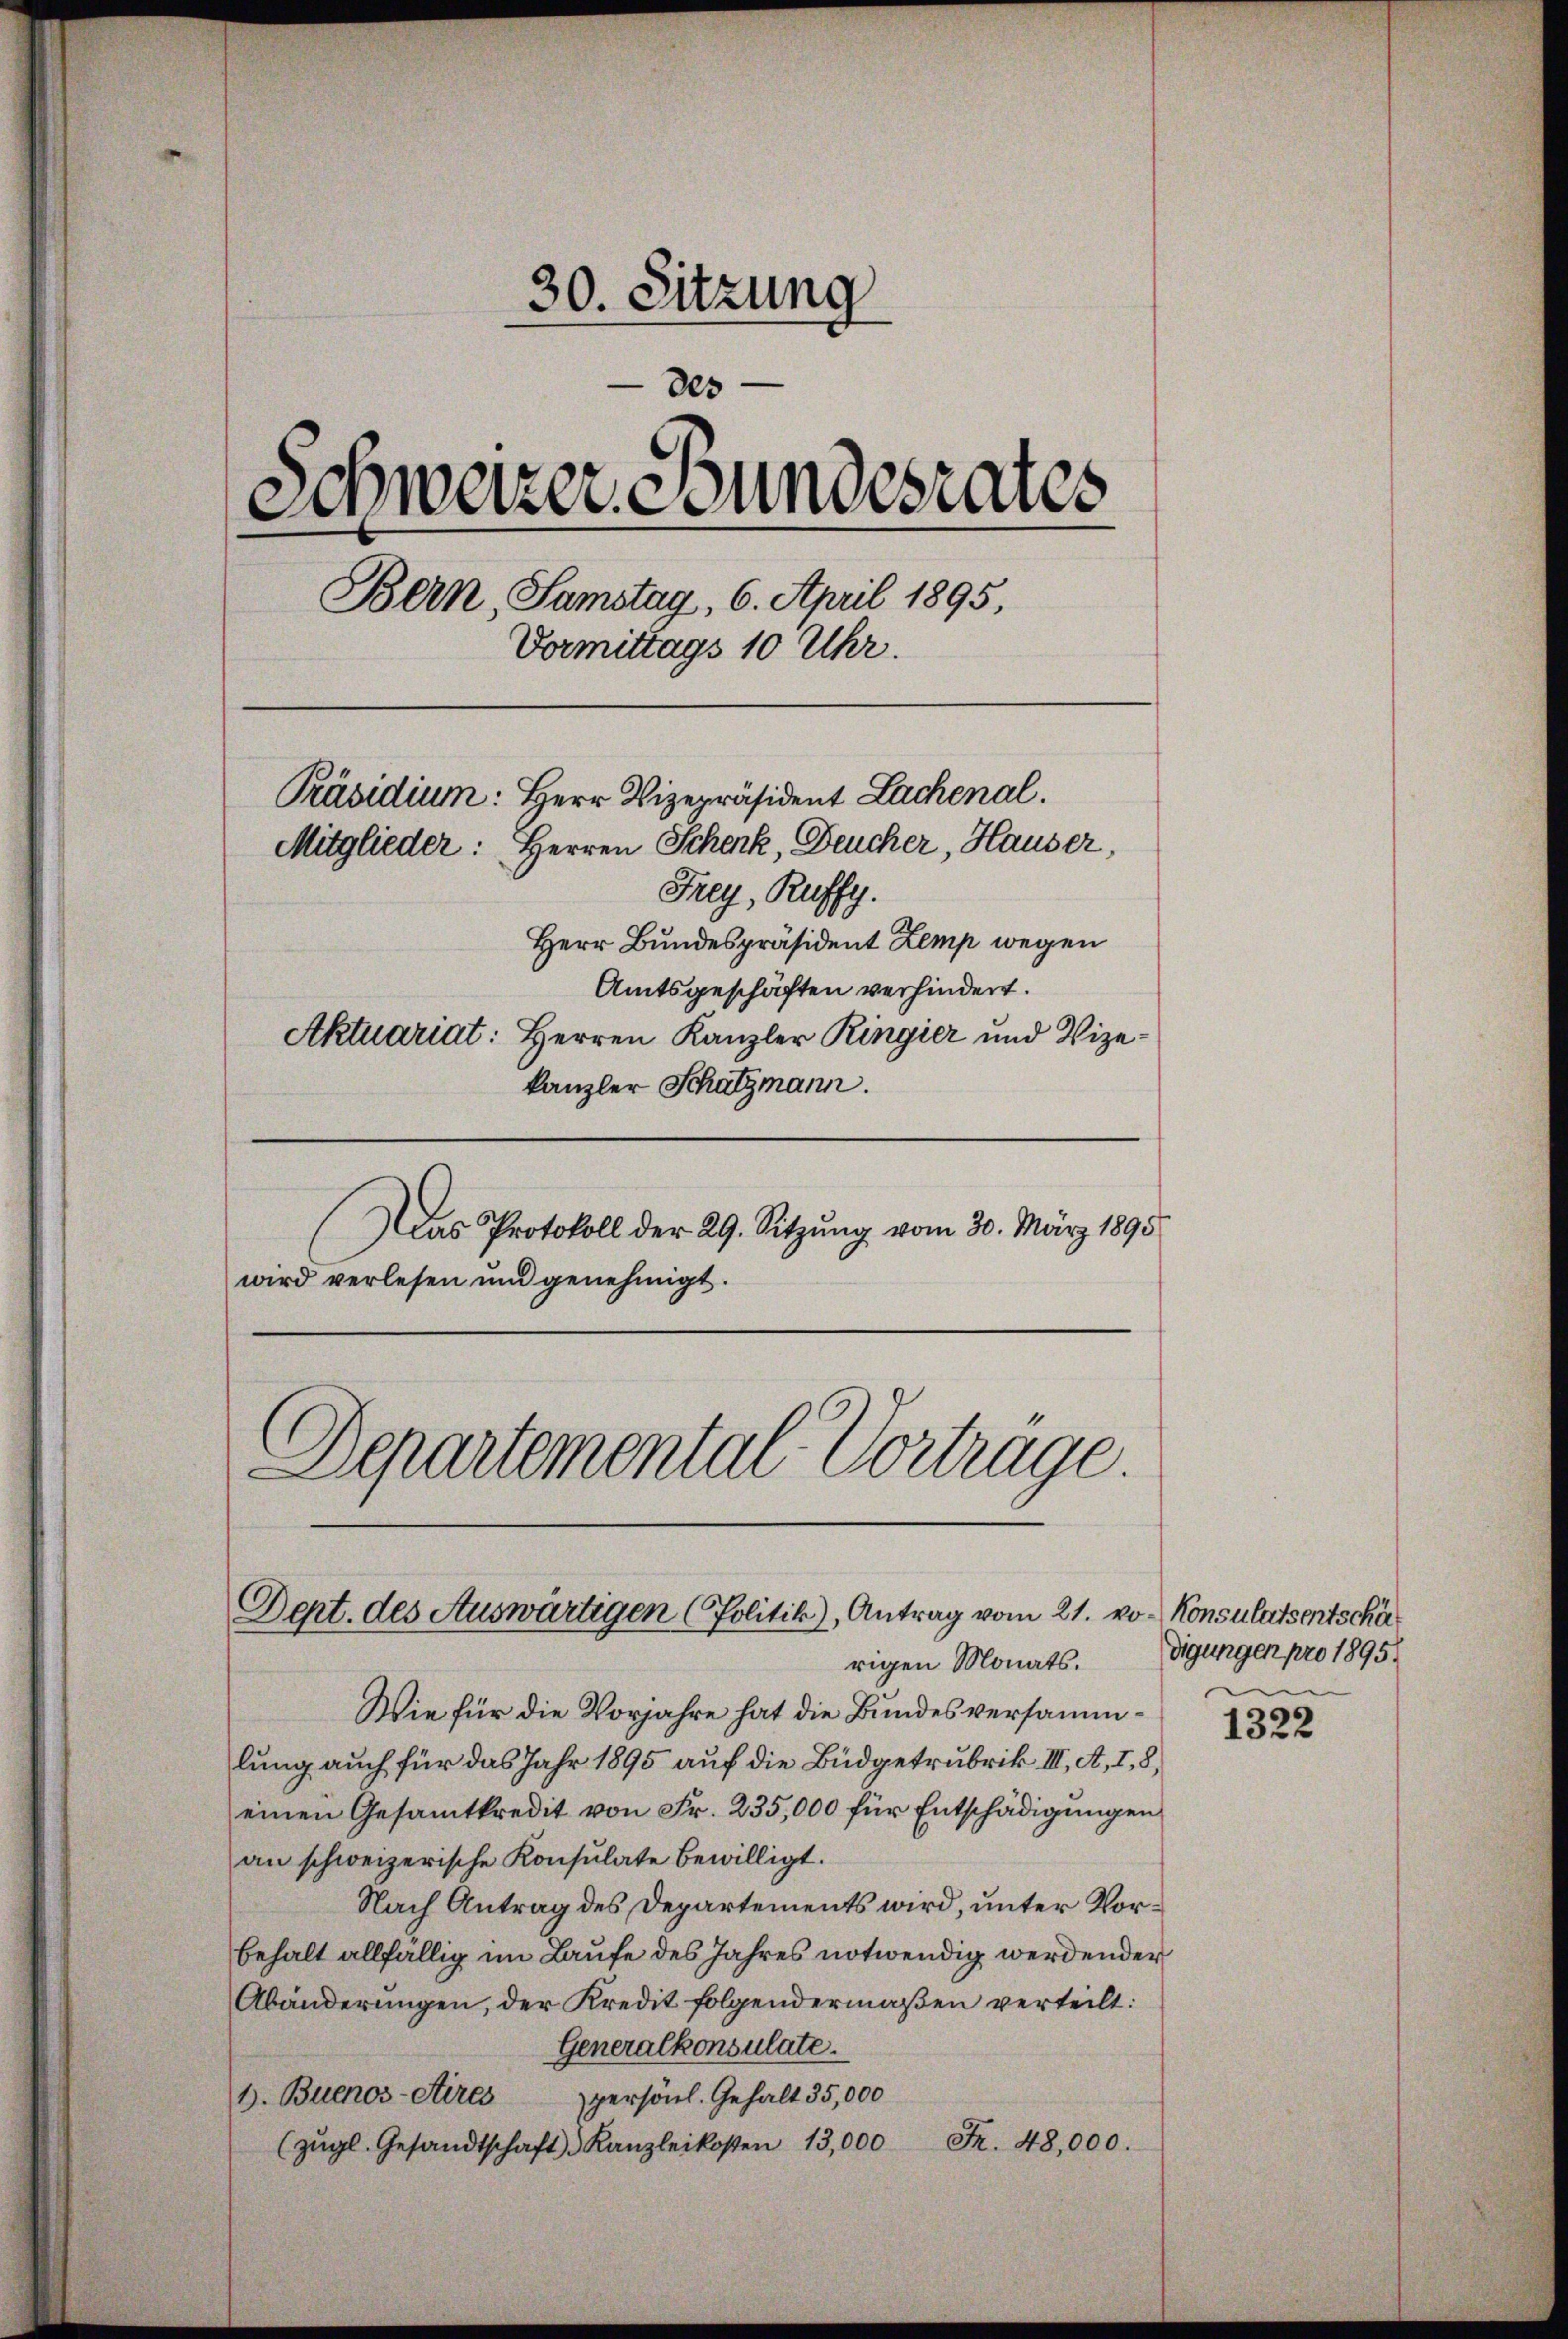
30. Sitzung
805
Schweizer Bundesrates
Bern, Samstag, 6. April 1895,
Vormittags 10 Uhr.
Präsidium: Herr Vizepräsident Lachenal.
Mitglieder: Herren Schenk, Deucher, Hauser,
Frey, Ruffy.
Herr Bundespräsident Zemp wegen
Amtsgeschäften verhindert.
Aktuariat: Herren Kanzler Ringier und Vizekanzler Schatzmann.

Das Protokoll der 29. Sitzung vom 30. März 1895
wird verlesen und genehmigt.
Departemental Vortrage.

Dert. des Auswärtigen (Politik), Antrag vom 21. von Konsulatsentschä

rigen Monats.
Wie für die Vorjahre hat die Bundesversammlung auch für das Jahr 1895 auf die Büdgetrubrik III. A. I, 8,
einen Gesamtkredit von Fr. 235,000 für Entschädigungen
an schweizerische Konsulate bewilligt.
Nach Antrag des Departements wird, unter Vorbehalt allfällig im Laufe des Jahres notwendig werdender
Abänderungen, der Kredit folgendermaßen verteilt:
Generalkonsulate.
b. Buenos-Aires persönl. Gehalt 35,000
F. 48,000.
(zügl. Gesandtschaft. Kanzleikosten 13,000

digungen pro 1895.

1322